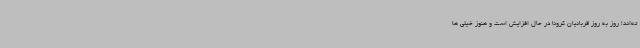
ته‌اند! روز به روز قربانیان کرونا در حال افزایش است و هنوز خیلی ها